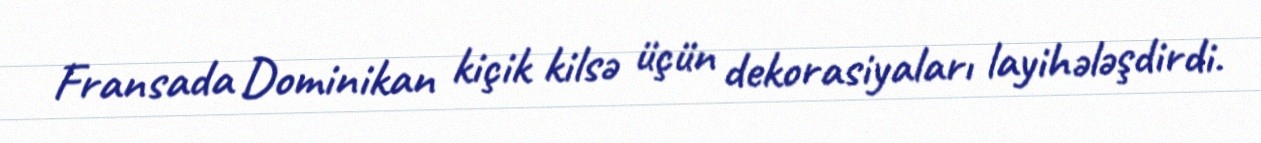
Fransada Dominikan kiçik kilsə üçün dekorasiyaları layihələşdirdi.